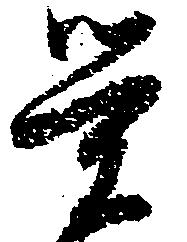
覚